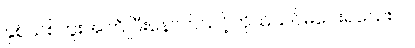
နှစ်သစ်ကူးအကြိုပြီးနောက်သင့်ကိုယ်သင်မပေးရသေးပါ။